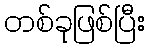
တစ်ခုဖြစ်ပြီး